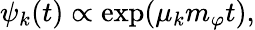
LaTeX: \psi_{k}(t)\propto\exp(\mu_{k}m_{\varphi}t),